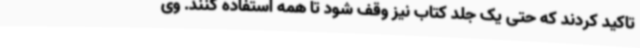
تاکید کردند که حتی یک جلد کتاب نیز وقف شود تا همه استفاده کنند. وی